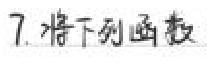
7. 将下列函数